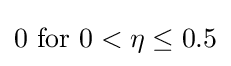
0{\text{ for }}0<\eta \leq 0.5